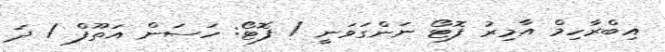
އިބްރާހިމް އާމިރު ފޮޓޯ ނަންގަވަނީ / ފޮޓޯ: ހަސަން އަތޫފް / ދަ